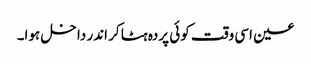
عین اسی وقت کوئی پردہ ہٹا کر اندر داخل ہوا۔